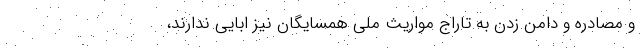
و مصادره و دامن زدن به تاراج مواریث ملی همسایگان نیز ابایی ندارند،